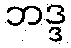
ဘဒ္ဒ